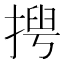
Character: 𢰻